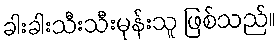
ခါးခါးသီးသီးမုန်းသူ ဖြစ်သည်။